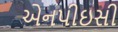
એનપીઇસી